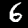
Label: 6